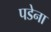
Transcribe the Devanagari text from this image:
पडेना